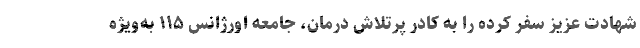
شهادت عزیز سفر کرده را به کادر پرتلاش درمان، جامعه اورژانس ۱۱۵ به‌ویژه